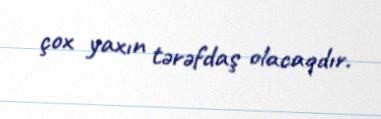
çox yaxın tərəfdaş olacaqdır.